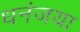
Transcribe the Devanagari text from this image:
धनंजया